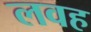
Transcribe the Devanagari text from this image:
लवह